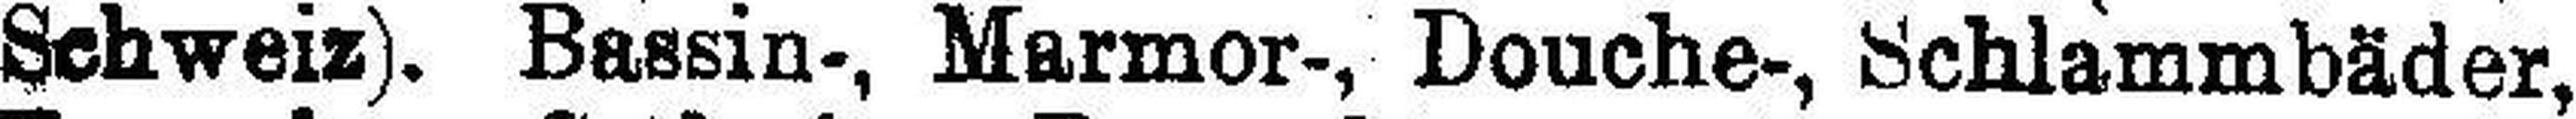
Schweiz). Bassin-, Marmor-, Douche-, Schlammbäder,